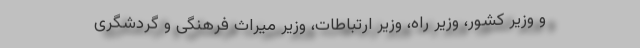
و وزیر کشور، وزیر راه، وزیر ارتباطات، وزیر میراث فرهنگی و گردشگری